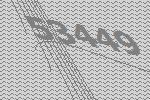
53449